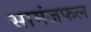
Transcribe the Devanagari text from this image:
सामंजफल